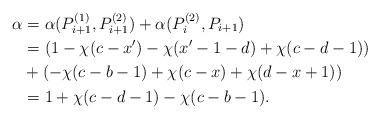
LaTeX: \begin{align*}\alpha &= \alpha(P_{i+1}^{(1)},P_{i+1}^{(2)}) + \alpha(P_i^{(2)},P_{i+1}) \\ &= (1-\chi(c - x') - \chi(x'-1-d) + \chi(c -d - 1)) \\ & + (-\chi(c-b-1)+\chi(c-x)+\chi(d-x+1)) \\ &= 1+\chi(c-d-1)-\chi(c - b - 1). \end{align*}